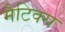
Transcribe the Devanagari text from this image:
मैटिक्स